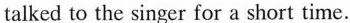
talked to the singer for a short time.